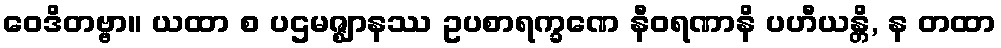
ဝေဒိတဗ္ဗာ။ ယထာ စ ပဌမဇ္ဈာနဿ ဥပစာရက္ခဏေ နီဝရဏာနိ ပဟီယန္တိ, န တထာ